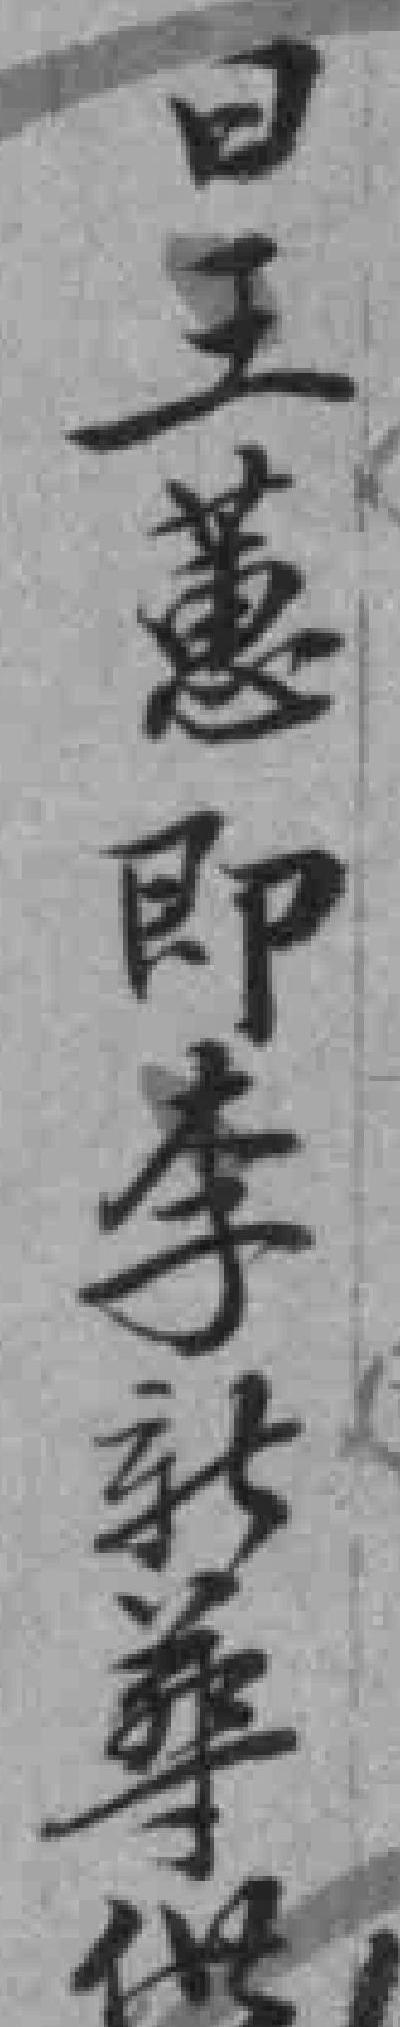
日王蕙即李新華供